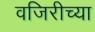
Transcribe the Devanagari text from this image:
वजिरीच्या